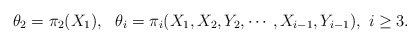
\begin{align*}\theta_2=\pi_2(X_1),\ \ \theta_i=\pi_i(X_1,X_2,Y_2,\cdots,X_{i-1},Y_{i-1}),~i\geq3.\end{align*}